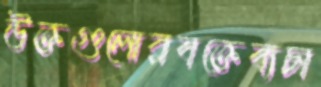
উক্তগুলোরবক্তেব্যচা